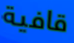
قافية